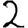
Digit: 2